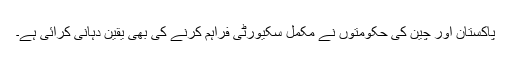
پاکستان اور چین کی حکومتوں نے مکمل سکیورٹی فراہم کرنے کی بھی یقین دہانی کرائی ہے۔